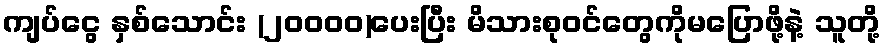
ကျပ်ငွေ နှစ်သောင်း (၂၀၀၀၀)ပေးပြီး မိသားစုဝင်တွေကိုမပြောဖို့နဲ့ သူတို့